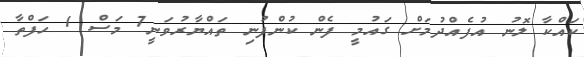
ކައްކާ ލޮނު އުފެއްދުމަށް ގައުުމީ ފެން ކުންފުނި ތައްޔާރުވަނީ7 މަސް 1 ހަފްތާ